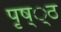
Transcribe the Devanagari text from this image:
पृष््ठ